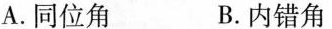
A.同位角 B.内错角